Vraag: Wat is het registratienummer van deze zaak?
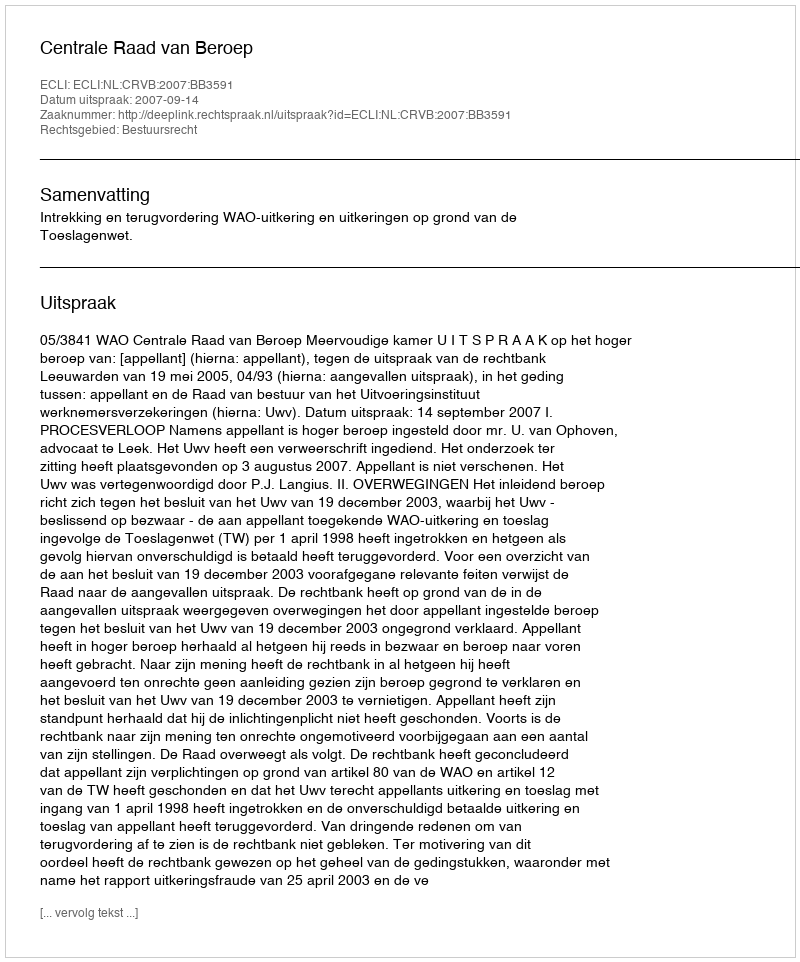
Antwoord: http://deeplink.rechtspraak.nl/uitspraak?id=ECLI:NL:CRVB:2007:BB3591